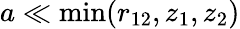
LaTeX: a\ll\operatorname*{min}(r_{12},z_{1},z_{2})